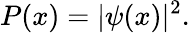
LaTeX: P(x)=|\psi(x)|^{2}.